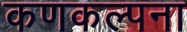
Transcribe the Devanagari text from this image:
कणकल्पना